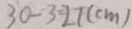
3 0 - 3 = 2 7 ( c m )